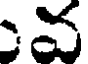
వ